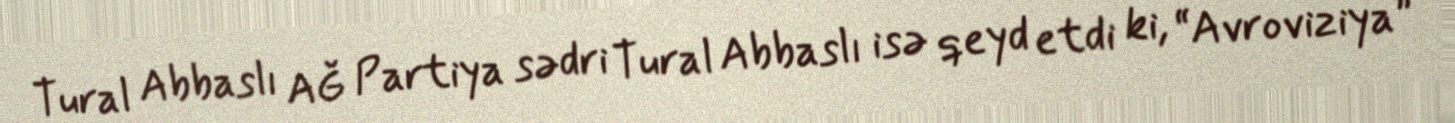
Tural Abbaslı AĞ Partiya sədri Tural Abbaslı isə qeyd etdi ki, “Avroviziya”